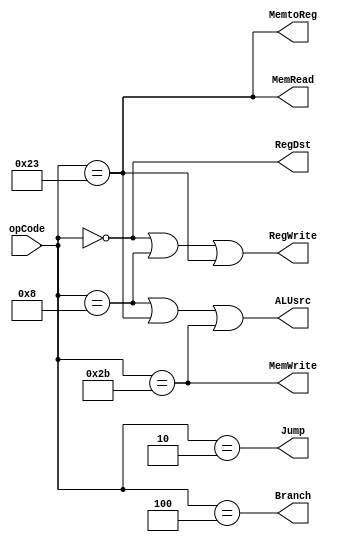
module control(opCode, RegDst, Jump, Branch, MemRead, MemtoReg, MemWrite, ALUsrc, RegWrite);
  input [5:0] opCode;
  output RegDst, Jump, Branch, MemRead, MemtoReg, MemWrite, RegWrite, ALUsrc;
  
  assign RegDst = (opCode == 6'h0);
  assign Jump = (opCode == 6'h2);
  assign Branch = (opCode == 6'h4);
  assign MemRead = (opCode == 6'h23);
  assign MemtoReg = (opCode == 6'h23);
  assign ALUsrc = (opCode == 6'h8 || opCode == 6'h23 || opCode == 6'h2b);
  assign RegWrite = (opCode == 6'h0 || opCode == 6'h8 || opCode == 6'h23);
  assign MemWrite = (opCode == 6'h2b);
endmodule